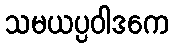
သမယပ္ပဝါဒကေ